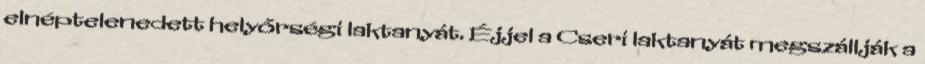
elnéptelenedett helyőrségi laktanyát. Éjjel a Cseri laktanyát megszállják a